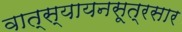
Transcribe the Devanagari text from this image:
वात्स्यायनसूत्रसार